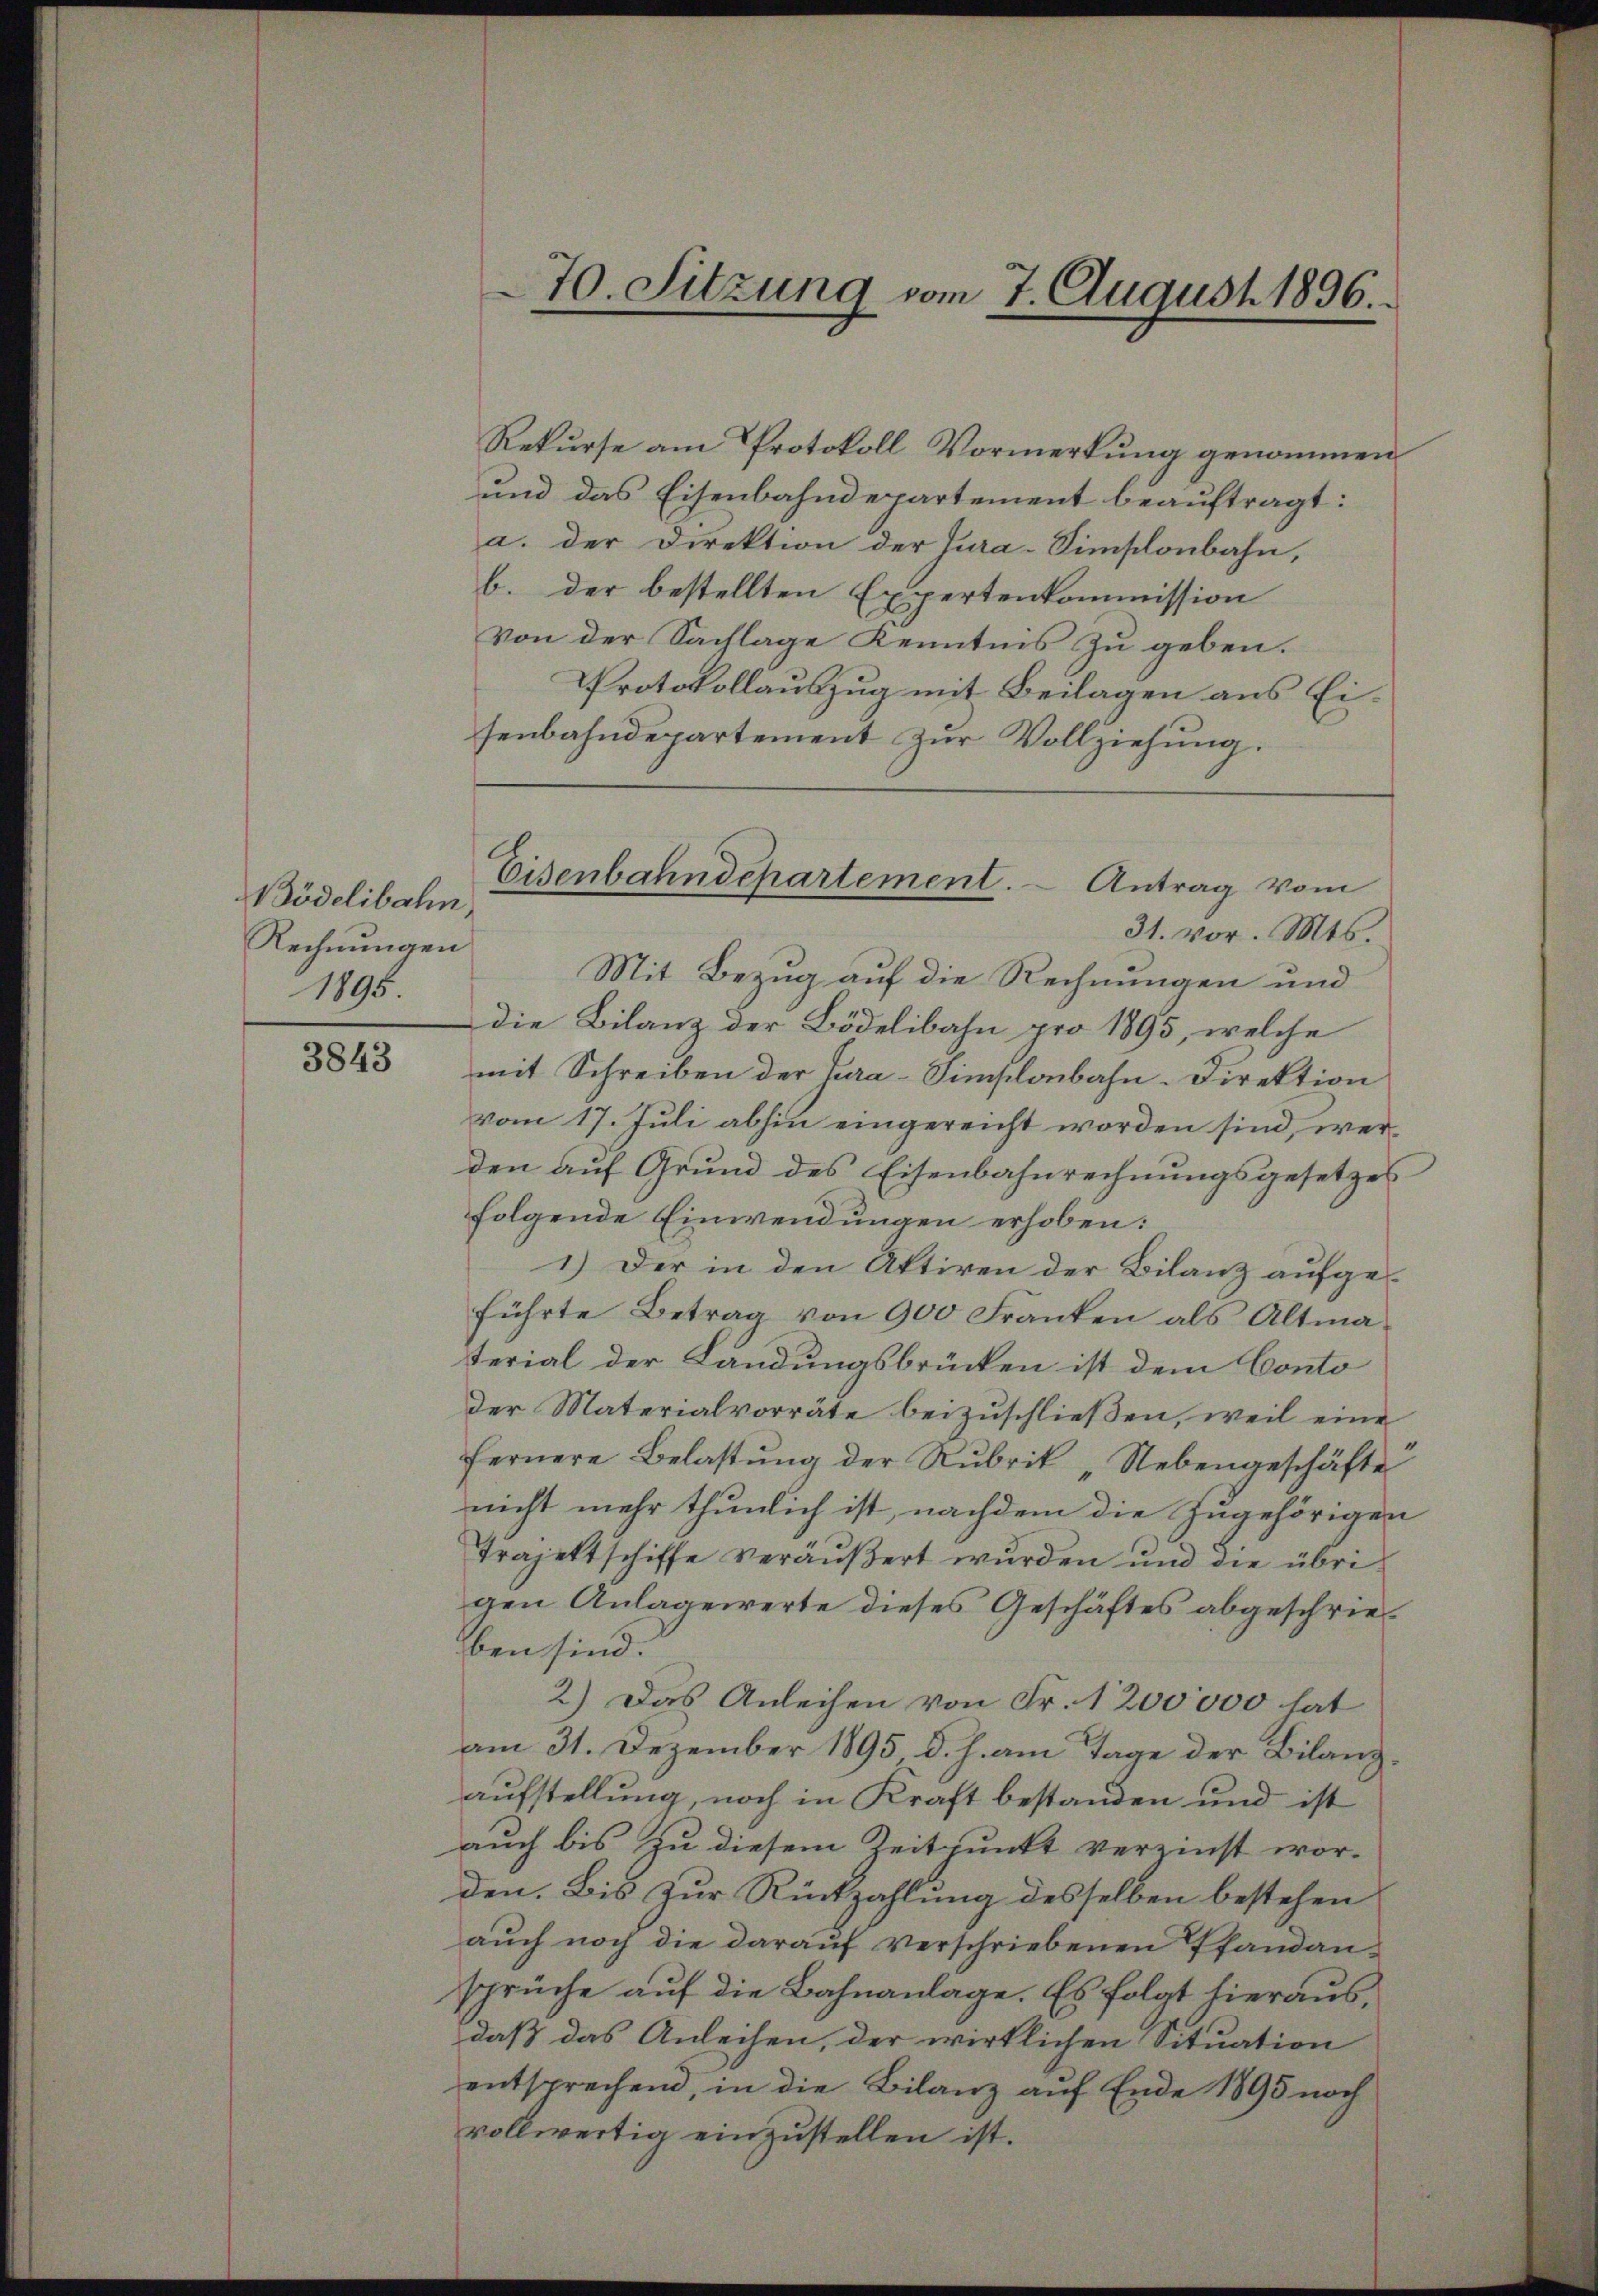
Bödelibahn,
Rechnungen
1895

3843

Rekurse am Protokoll Vormerkung genommen
und das Eisenbahndepartement beauftragt:
a. der Direktion der Jura-Simsonbahn,
b. der bestellten Expertenkommission
von der Sachlage Kenntnis zu geben.
Protokollauszug mit Beilagen aus Eisenbahndepartement zur Vollziehung.
31. vor. Mts.
Mit Bezug auf die Rechnungen und
die Bilanz der Bödelibahn pro 1895, welche
mit Schreiben der Jura-Simplonbahn-Direktion
vom 17. Juli abhin eingereicht worden sind, werden auf Grund des Eisenbahnrechnungsgesetzes
folgende Einwendungen erhoben:
1.) Der in den Aktiven der Bilanz aufgeführte Betrag von 900 Franken als Altmaterial der Landungsbrücken ist dem Conto
der Materialvorräte beizuschließen, weil eine
fernere Belastŭng der Rubrik „Nebengeschäfte
nicht mehr thunlich ist, nachdem die Zugehörigen
Trajettschiffe veräußert wurden und die übrigen Anlagewerte dieses Geschäftes abgeschrieben sind.
2.) Das Anleihen von Fr. 1200000 hat
am 31. Dezember 1895, d. J. am Tage der Bilanzaufstellung, noch in Kraft bestanden und ist
auch bis zu diesem Zeitpunkt verzinst wor-
den. Bis zur Rückzahlung desselben bestehen
aŭch noch die darauf verschriebenen Pfandan-
sprüche auf die Bahnanlage. Es folgt hierausdaß das Anleihen, der wirklichen Situation
entsprechend, in die Bilanz auf Ende 1895 noch
vollwertig einzustellen ist.

70. Sitzung vom 7. August 1896.

Eisenbahndepartement. Antrag vom